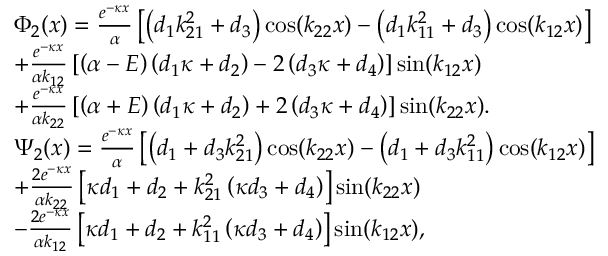
\begin{array} { r l } & { { \Phi _ { 2 } } ( x ) = \frac { { { { { e } } ^ { - \kappa x } } } } { \alpha } \left[ { \left( { { d _ { 1 } } k _ { 2 1 } ^ { 2 } + { d _ { 3 } } } \right) \cos ( { k _ { 2 2 } } x ) - \left( { { d _ { 1 } } k _ { 1 1 } ^ { 2 } + { d _ { 3 } } } \right) \cos ( { k _ { 1 2 } } x ) } \right] } \\ & { + \frac { { { { { e } } ^ { - \kappa x } } } } { { \alpha { k _ { 1 2 } } } } \left[ { \left( { \alpha - E } \right) \left( { { d _ { 1 } } \kappa + { d _ { 2 } } } \right) - 2 \left( { { d _ { 3 } } \kappa + { d _ { 4 } } } \right) } \right] \sin ( { k _ { 1 2 } } x ) } \\ & { + \frac { { { { { e } } ^ { - \kappa x } } } } { { \alpha { k _ { 2 2 } } } } \left[ { \left( { \alpha + E } \right) \left( { { d _ { 1 } } \kappa + { d _ { 2 } } } \right) + 2 \left( { { d _ { 3 } } \kappa + { d _ { 4 } } } \right) } \right] \sin ( { k _ { 2 2 } } x ) . } \\ & { { \Psi _ { 2 } } ( x ) = \frac { { { { { e } } ^ { - \kappa x } } } } { \alpha } \left[ { \left( { { d _ { 1 } } + { d _ { 3 } } k _ { 2 1 } ^ { 2 } } \right) \cos ( { k _ { 2 2 } } x ) - \left( { { d _ { 1 } } + { d _ { 3 } } k _ { 1 1 } ^ { 2 } } \right) \cos ( { k _ { 1 2 } } x ) } \right] } \\ & { + \frac { { 2 { { { e } } ^ { - \kappa x } } } } { { \alpha { k _ { 2 2 } } } } \left[ { \kappa { d _ { 1 } } + { d _ { 2 } } + k _ { 2 1 } ^ { 2 } \left( { \kappa { d _ { 3 } } + { d _ { 4 } } } \right) } \right] \sin ( { k _ { 2 2 } } x ) } \\ & { - \frac { { 2 { { { e } } ^ { - \kappa x } } } } { { \alpha { k _ { 1 2 } } } } \left[ { \kappa { d _ { 1 } } + { d _ { 2 } } + k _ { 1 1 } ^ { 2 } \left( { \kappa { d _ { 3 } } + { d _ { 4 } } } \right) } \right] \sin ( { k _ { 1 2 } } x ) , } \end{array}